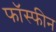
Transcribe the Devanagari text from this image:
फॉस्फीन